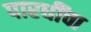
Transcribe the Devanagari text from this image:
पारधींचा